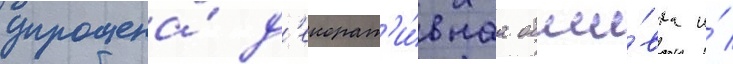
упрощена́ д'екорат'и́внаа обши́вка и́